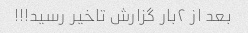
بعد از ۲بار گزارش تاخیر رسید!!!